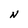
Character: N